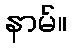
နာမ်။